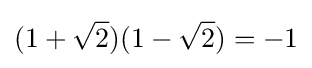
(1+{\sqrt {2}})(1-{\sqrt {2}})=-1